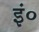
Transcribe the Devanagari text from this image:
इं०